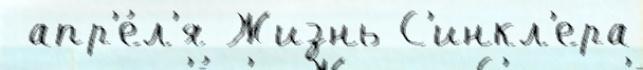
 апр'е́л'я Жизнь С'инкл'ера